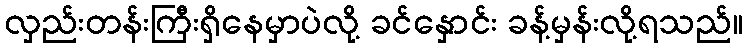
လှည်းတန်းကြီးရှိနေမှာပဲလို့ ခင်နှောင်း ခန့်မှန်းလို့ရသည်။